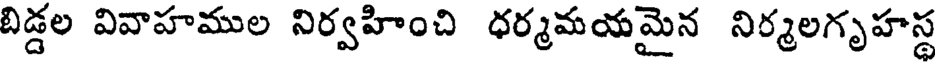
బిడ్డల వివాహముల నిర్వహించి ధర్మమయమైన నిర్మలగృహస్థ